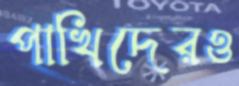
পাখিদেরও